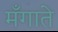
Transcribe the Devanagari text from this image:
मँगाते